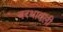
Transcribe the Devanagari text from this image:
बरथावली